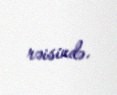
rəisində.